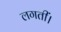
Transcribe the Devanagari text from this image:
लगतीं।